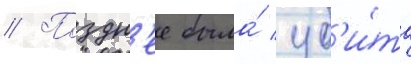
// Поздн'ее была́ уб'и́та